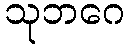
သုဘဂေ